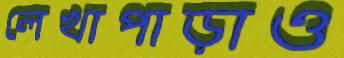
লেখাপাড়াও